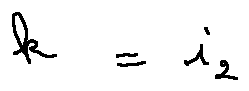
k = i _ { 2 }